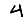
Digit: 4